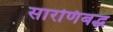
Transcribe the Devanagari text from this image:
सारणिबद्ध